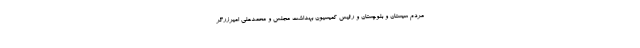
مردم سیستان و بلوچستان و رئیس کمیسیون بهداشت مجلس و محمدعلی امیرزرگر